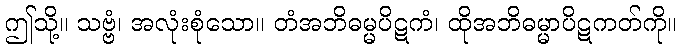
ဤသို့။ သဗ္ဗံ၊ အလုံးစုံသော။ တံအဘိဓမ္မပိဋကံ၊ ထိုအဘိဓမ္မာပိဋကတ်ကို။